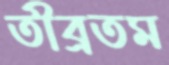
তীব্রতম